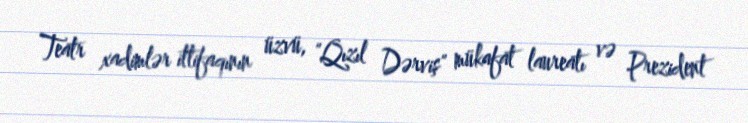
Teatr xadimlər ittifaqının üzvü, "Qızıl Dərviş" mükafat laureatı və Prezident